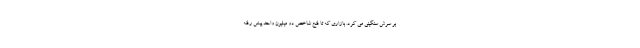
بر سرش سنگینی می کرد. بازاری که تا فتح شاخص دو میلیون واحد پیش رفته